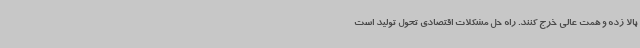
بالا زده و همت عالی خرج کنند. راه حل مشکلات اقتصادی تحول تولید است